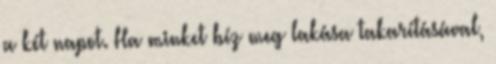
a két napot. Ha minket bíz meg lakása takarításával,